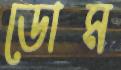
ডোম